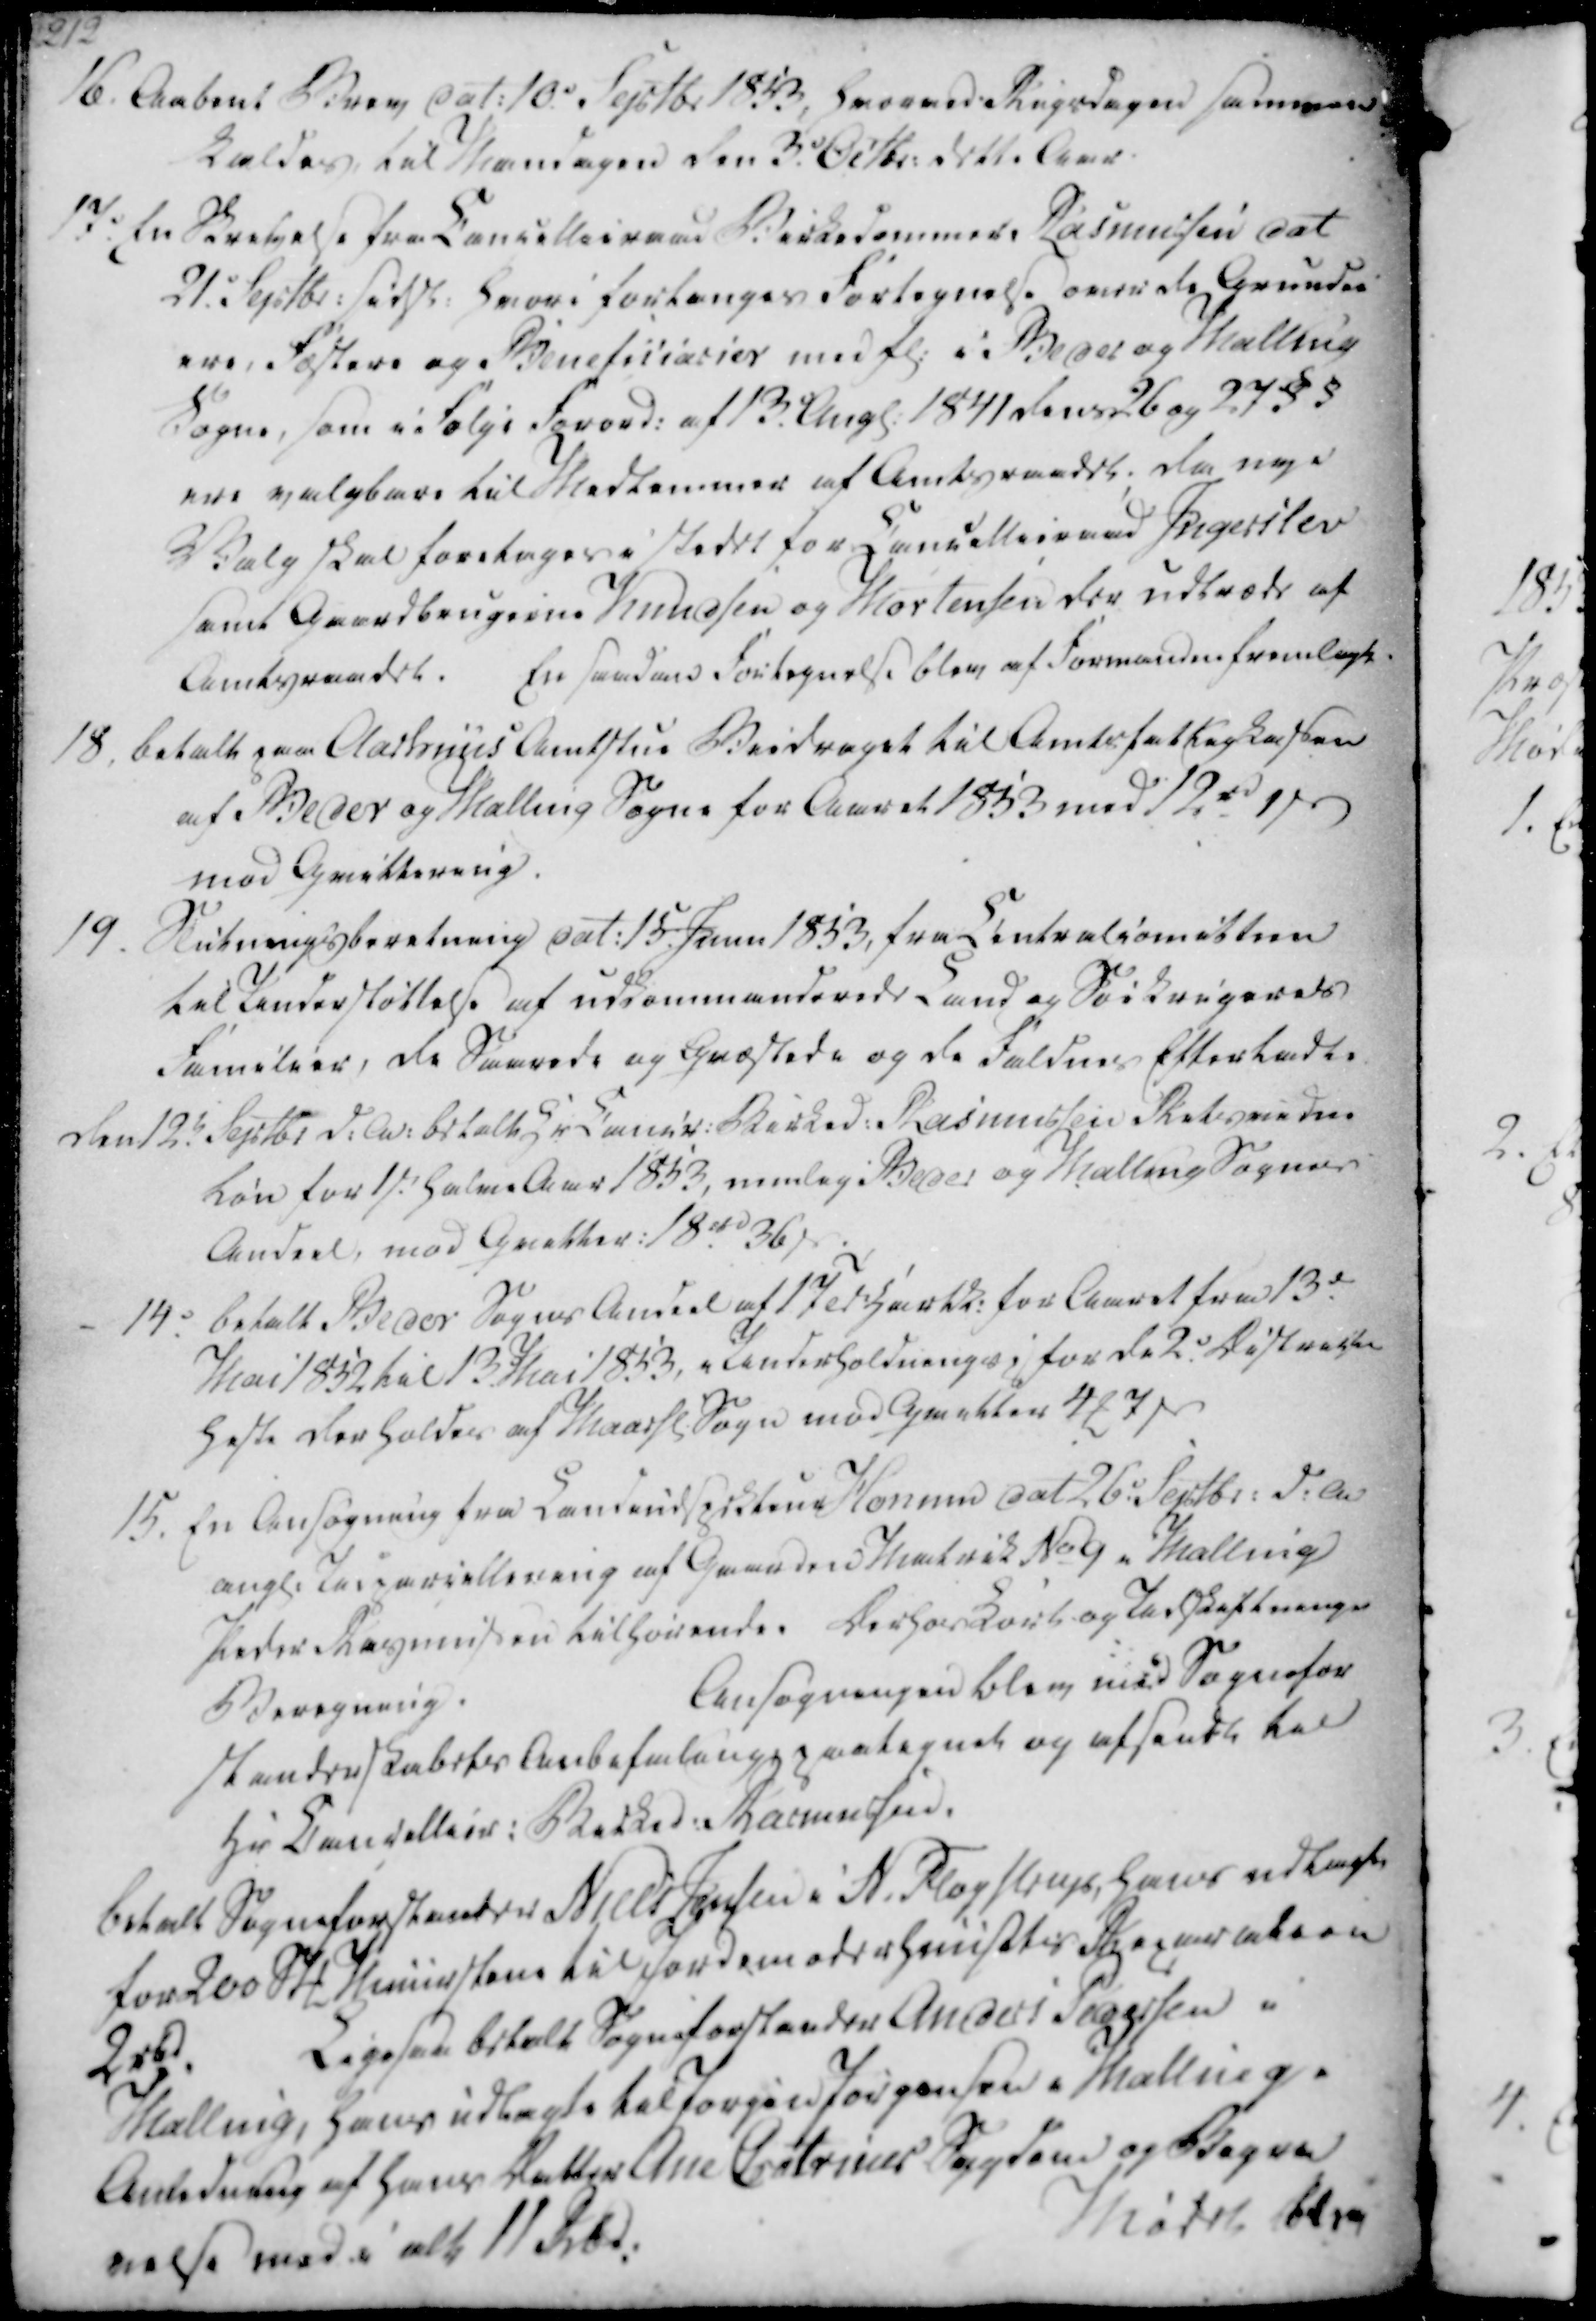
Transskription:
16. Aabent Brev dat. 10.e Septbr 1843, hvorved Rigsdagen sammen
kaldes, til Mandagen den 3.e Octbr. dette Aar.
17. En Skrivelse fra Cancellieraad Birkedommer Rasmussen dat
21.e Septbr. sidst. hvori forlanges Fortegnelse over de Grundei
ere, Fæstere og Beneficiarier med Fl. i Beder og Malling
Sogne, som i Følge Forord. af 13. Augl. 1841 dens 26 og 27 § §
ere valgbare til Medlemmer af Amtsraadet, da nye
Valg skal foretages i stedet for Cancellieraad Ingerslev
samt Gaardbrugerne Knudsen og Mortensen der udtræde af
Amtsraadet. En saadan Fortegnelse blev af Formanden fremlagt

18. betalt paa Aarhuus Amtstue Biedraget til Amtsfattigkassen
af Beder og Malling Sogne for Aaret 1853 med 12 rd 1 ẞ
mod Qvittering.
19. Slutningsberetning dat. 15. Junii 1853, fra Centralcomitteen
til Understøttelse af udkommanderede Land og Søekrigeres
Familier, de Saarede og Qvæstede og de faldnes Efterladte
Den 12.t Septb. d.A. betalt Hr Cancr. Birked. Rasmussen Retsvidne
Løn for 1st. halve Aar 1853, nemlig Beder og Malling Sognes
Andeel, mod Qvitter. 18 rd 36 ẞ

14.e betalt Beder Sogns Andeel af 17 Td. Hartk. for Aaret fra 13d.
Mai 1852 til 13. Mai 1853, i Underholdnings, for de 2.e Districts
heste der holdes af Maarsl. Sogn mod Qvitter 4 ₻ 7 ẞ
15. En Ansøgning fra Landindspektøne Honnm dat 26.e Septbr. d.A
angl. Udparcellering af Gaarden Matrik No 9 i Malling
Peder Rasmussen tilhørende. Derhos Kort og Udskiftnings
Beregning.
Ansøgningen blev med Sognefor
standerskabets Anbefaling, paategnet og afsendt til
Hr Cancellier. Birked. Rasmussen.

betalt Sogneforstander Niels Jensen i N. Fløystrup, hans udlagte
for 200 Stk Muuerstene til Jordemoderhuusets Reparation
2 rbd.
Ligesaa betalt Sogneforstander Anders Pedersen i
Malling, hans udlagte til Jørgen Jørgensen i Malling i
Anledning af hans Datter Ane Catrines Sygdom og Begra
velse med i alt 11 Rbd.

Mødet blev